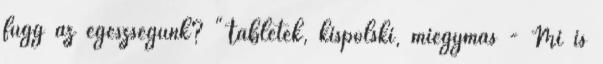
függ az egészségünk? "Tabletek, kispolski, miegymás - Mi is